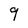
Character: 9